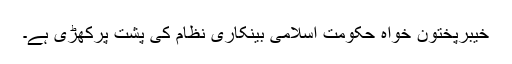
خیبرپختون خواہ حکومت اسلامی بینکاری نظام کی پشت پرکھڑی ہے۔